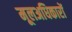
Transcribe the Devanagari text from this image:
मूलअधिकारों